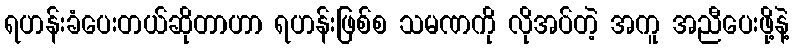
ရဟန်းခံပေးတယ်ဆိုတာဟာ ရဟန်းဖြစ်စ သမဏကို လိုအပ်တဲ့ အကူ အညီပေးဖို့နဲ့